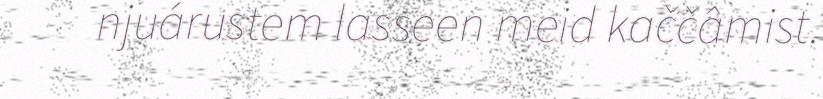
njuárustem lasseen meid kaččâmist.